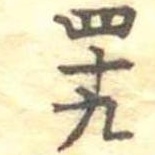
四十九